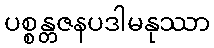
ပစ္စန္တဇနပဒါမနုဿာ